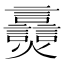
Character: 𬋠